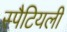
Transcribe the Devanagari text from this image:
स्पैटियली